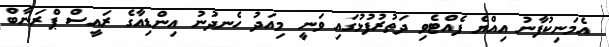
އެމަނިކުފާނު އިއްޔެ ފެއްޓެވި ދަތުރުފުޅުގައި ވަނީ މިއަދު ހެނދުނު އިންޑިއާގެ ރައީސް ޕްރަނާބް